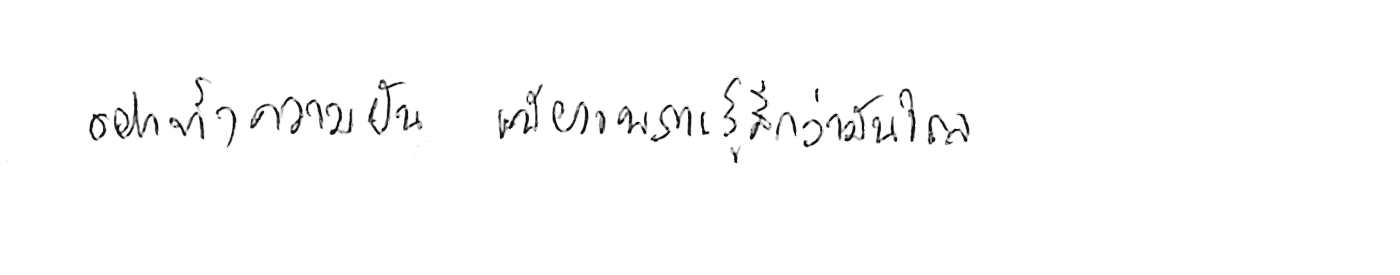
อย่าทิ้งความฝัน เพียงเพราะรู้สึกว่ามันไกล